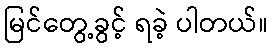
မြင်တွေ့ခွင့် ရခဲ့ ပါတယ်။